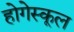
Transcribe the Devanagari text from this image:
होगेस्कूल